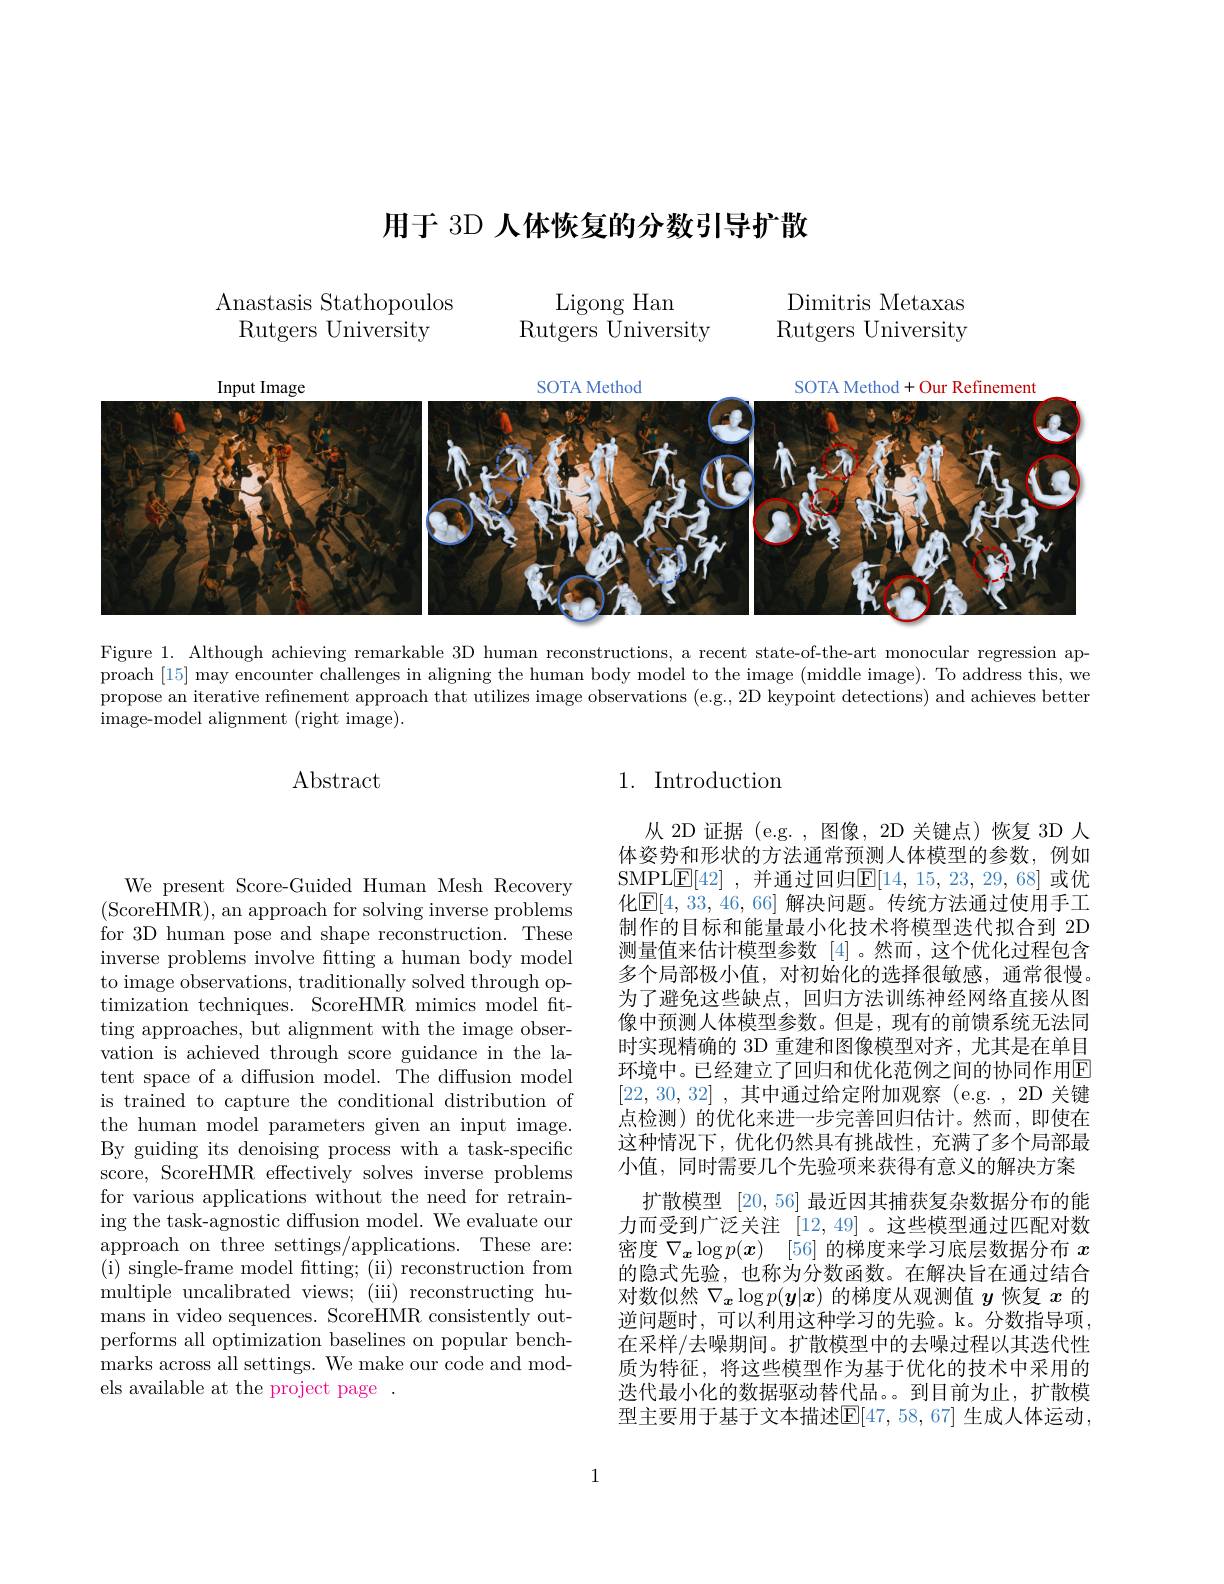
# 用于 3D 人体恢复的分数引导扩散

Anastasis Stathopoulos

Dimitris Metaxas

Ligong Han
Rutgers University

Rutgers University

Rutgers University

<FigureHere>

Figure 1. Although achieving remarkable 3D human reconstructions, a recent state-of-the-art monocular regression approach [15] may encounter challenges in aligning the human body model to the image (middle image). To address this, we propose an iterative refinement approach that utilizes image observations (e.g., 2D keypoint detections) and achieves better image-model alignment (right image).

Abstract

## 1. Introduction

从 2D 证据(e.g.,图像，2D 关键点)恢复 3D 人体姿势和形状的方法通常预测人体模型的参数，例如SMPL$\underline{\mathrm{E}}[42]$ ,并通过回归$\underline{\mathrm{E}}[14,15,23,29,68]$ 或优化$\boxed{\mathrm{E}}[4,33,46,66]$ 解决问题。传统方法通过使用手工制作的目标和能量最小化技术将模型迭代拟合到 2D 测量值来估计模型参数[4]。然而，这个优化过程包含多个局部极小值，对初始化的选择很敏感，通常很慢。为了避免这些缺点，回归方法训练神经网络直接从图像中预测人体模型参数。但是，现有的前馈系统无法同时实现精确的 3D 重建和图像模型对齐，尤其是在单目环境中。已经建立了回归和优化范例之间的协同作用E [22,30,32] ,其中通过给定附加观察 (e.g. , 2D 关键点检测)的优化来进一步完善回归估计。然而，即使在这种情况下，优化仍然具有挑战性，充满了多个局部最小值，同时需要几个先验项来获得有意义的解决方案
扩散模型[20,56]最近因其捕获复杂数据分布的能力而受到广泛关注[12,49] 。这些模型通过匹配对数密度$\nabla _{\boldsymbol{x}}\log p( \boldsymbol{x})$ [56]的梯度来学习底层数据分布$x$ 的隐式先验，也称为分数函数。在解决旨在通过结合对数似然$\nabla_{\boldsymbol{x}}\log p(\boldsymbol{y}|\boldsymbol{x})$的梯度从观测值$\boldsymbol{y}$恢复$x$的逆问题时，可以利用这种学习的先验。k。分数指导项在采样/去噪期间。扩散模型中的去噪过程以其迭代性质为特征，将这些模型作为基于优化的技术中采用的迭代最小化的数据驱动替代品。。到目前为止，扩散模型主要用于基于文本描述$\mathbb{E}[47,58,67]$ 生成人体运动，

We present Score-Guided Human Mesh Recovery (ScoreHMR),an approach for solving inverse problems for 3D human pose and shape reconstruction. These inverse problems involve ftting a human body model to image observations, traditionally solved through optimization techniques. ScoreHMR mimics model ftting approaches, but alignment with the image observation is achieved through score guidance in the latent space of a diffusion model. The diffusion model is trained to capture the conditional distribution of the human model parameters given an input image. By guiding its denoising process with a task-specific score, ScoreHMR effectively solves inverse problems for various applications without the need for retraining the task-agnostic diffusion model. We evaluate our approach on three settings/applications. These are: ( i) single- frame model ftting; ( ii) reconstruction from multiple uncalibrated views; (iii) reconstructing humans in video sequences. ScoreHMR consistently outperforms all optimization baselines on popular benchmarks across all settings. We make our code and models available at the project page

1